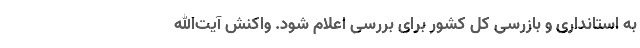
به استانداری و بازرسی کل کشور برای بررسی اعلام شود. واکنش آیت‌الله